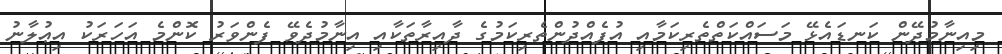
މިއިނާމުދޭން ކަނޑައެޅޭ މަސައްކަތްތެރިކަމާއި އުފެއްދުންތެރިކަމުގެ ދާއިރާތަކާއި އިނާމުދެވޭ ފެންވަރު ކޮންމެ އަހަރަކު އިޢުލާނު